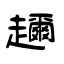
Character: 趰